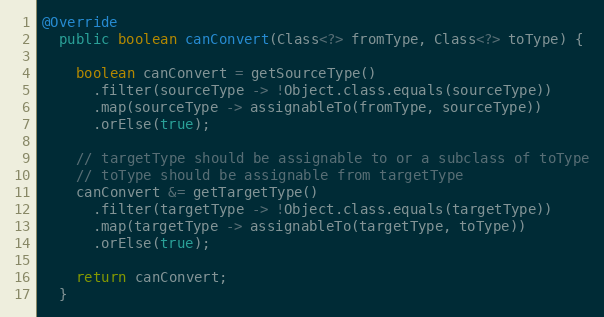
Language: Java
@Override
  public boolean canConvert(Class<?> fromType, Class<?> toType) {

    boolean canConvert = getSourceType()
      .filter(sourceType -> !Object.class.equals(sourceType))
      .map(sourceType -> assignableTo(fromType, sourceType))
      .orElse(true);

    // targetType should be assignable to or a subclass of toType
    // toType should be assignable from targetType
    canConvert &= getTargetType()
      .filter(targetType -> !Object.class.equals(targetType))
      .map(targetType -> assignableTo(targetType, toType))
      .orElse(true);

    return canConvert;
  }